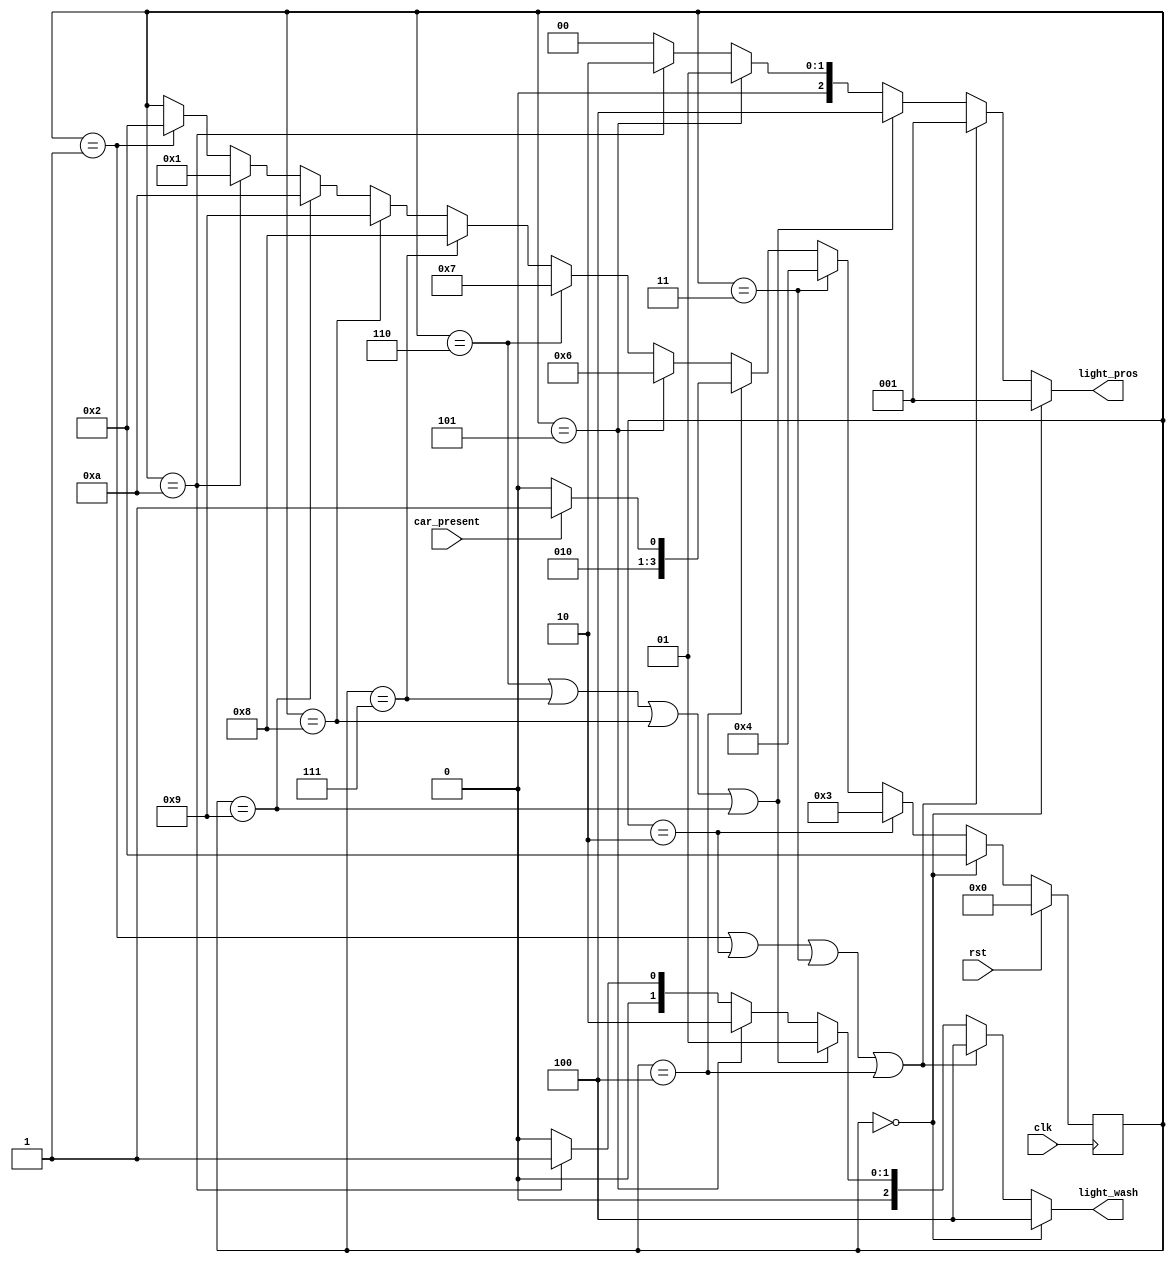
//==============================================================================
// Stoplight Module for Lab 4
//
// Note on lights:
// 	Each bit represents the on/off signal for a light.
// 	Bit | Light
// 	------------
// 	0   | Red
// 	1   | Yellow
// 	2   | Green
//==============================================================================

module Stoplight(
	input            clk,         // Clock signal
	input            rst,         // Reset signal for FSM
	input            car_present, // Is there a car on Prospect?
	output reg [2:0] light_pros,  // Prospect Avenue Light
	output reg [2:0] light_wash   // Washington Road Light
);

	// Declare Local Vars Here
	reg [3:0] state;
	reg [3:0] next_state;
	// ...

	// Declare State Names Here
	localparam INIT = 4'd0;
	localparam WCYCLE1 = 4'd1;
	localparam WCYCLE2 = 4'd2;
	localparam WCYCLE3 = 4'd3;
	localparam WCYCLE4 = 4'd4;
	localparam W_to_P = 4'd5;
	localparam PCYCLE1 = 4'd6;
	localparam PCYCLE2 = 4'd7;
	localparam PCYCLE3 = 4'd8;
	localparam PCYCLE4 = 4'd9;
	localparam P_to_W = 4'd10;

	// Light Colors
	localparam RED = 3'b001;
	localparam YLW = 3'b010;
	localparam GRN = 3'b100;

	// Output Combinational Logic
	always @( * ) begin
		light_pros = 3'b000;
		light_wash = 3'b000;

		if (state == INIT) begin
			light_wash = GRN;
			light_pros = RED;
		end
		// Write your output logic here
		else if (state == WCYCLE1 || state == WCYCLE2 || state == WCYCLE3 || state == WCYCLE4) begin
			light_wash = GRN;
			light_pros = RED;
		end

		else if (state == PCYCLE1 || state == PCYCLE2 || state == PCYCLE3 || state == PCYCLE4) begin
			light_wash = RED;
			light_pros = GRN;
		end

		else if (state == W_to_P) begin
			light_wash = YLW;
			light_pros = RED;
		end

		else if (state == P_to_W) begin
			light_wash = RED;
			light_pros = YLW;
		end
	end

	// Next State Combinational Logic
	always @( * ) begin
		// Write your Next State Logic Here
		next_state = state; // avoid implicit latching
		if (state == INIT) begin
			next_state = WCYCLE2;
		end
		else if (state == WCYCLE2) begin
			next_state = WCYCLE3;
		end
		else if (state == WCYCLE3) begin
			next_state = WCYCLE4;
		end
		else if (state == WCYCLE4) begin
			if (car_present) next_state = W_to_P;
			else next_state = WCYCLE4;
		end
		else if (state == W_to_P) begin
			next_state = PCYCLE1;
		end
		else if (state == PCYCLE1) begin
			next_state = PCYCLE2;
		end
		else if (state == PCYCLE2) begin
			next_state = PCYCLE3;
		end
		else if (state == PCYCLE3) begin
			next_state = PCYCLE4;
		end
		else if (state == PCYCLE4) begin
			next_state = P_to_W;
		end
		else if (state == P_to_W) begin
			next_state = WCYCLE1;
		end
		else if (state == WCYCLE1) begin
			next_state = WCYCLE2;
		end
	end

	// State Update Sequential Logic
	always @(posedge clk) begin
		if (rst) begin
			// Update state to reset state
			state <= INIT;
		end
		else begin
			// Update state to next state
			state <= next_state;
		end
	end

endmodule